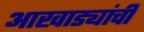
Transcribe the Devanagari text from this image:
आखाड्यांची